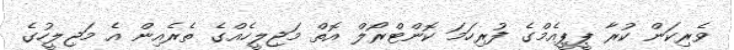
ވެރިކަން ކުރާ ޕީޕީއެމްގެ ފުރިހަމަ ކޮންޓްރޯލް އޮތް މަޖިލީހެއްގެ ތެރެއިން އެ މަޖިލީހުގެ